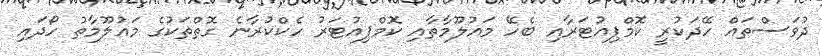
ދުވަސްތައް ހޭދަކުރީ ކޮމްޕިއުޓަރާއި ބެހޭ މައުލޫމާތާއި ކޮމްޕިއުޓަރު ހެކްކުރާނެ ގޮތްތަކުގެ މައުލޫމާތު ހޯދައި